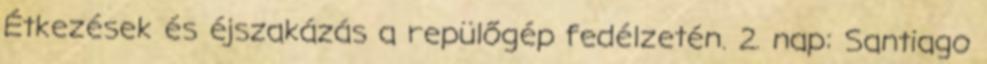
Étkezések és éjszakázás a repülőgép fedélzetén. 2. nap: Santiago